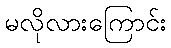
မလိုလားကြောင်း